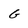
Character: G